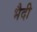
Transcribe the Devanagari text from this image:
भैदी